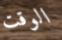
الوقت